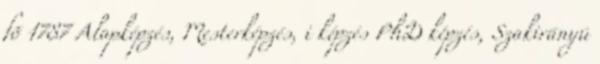
fõ 1787 Alapképzés, Mesterképzés, i képzés PhD képzés, Szakirányú